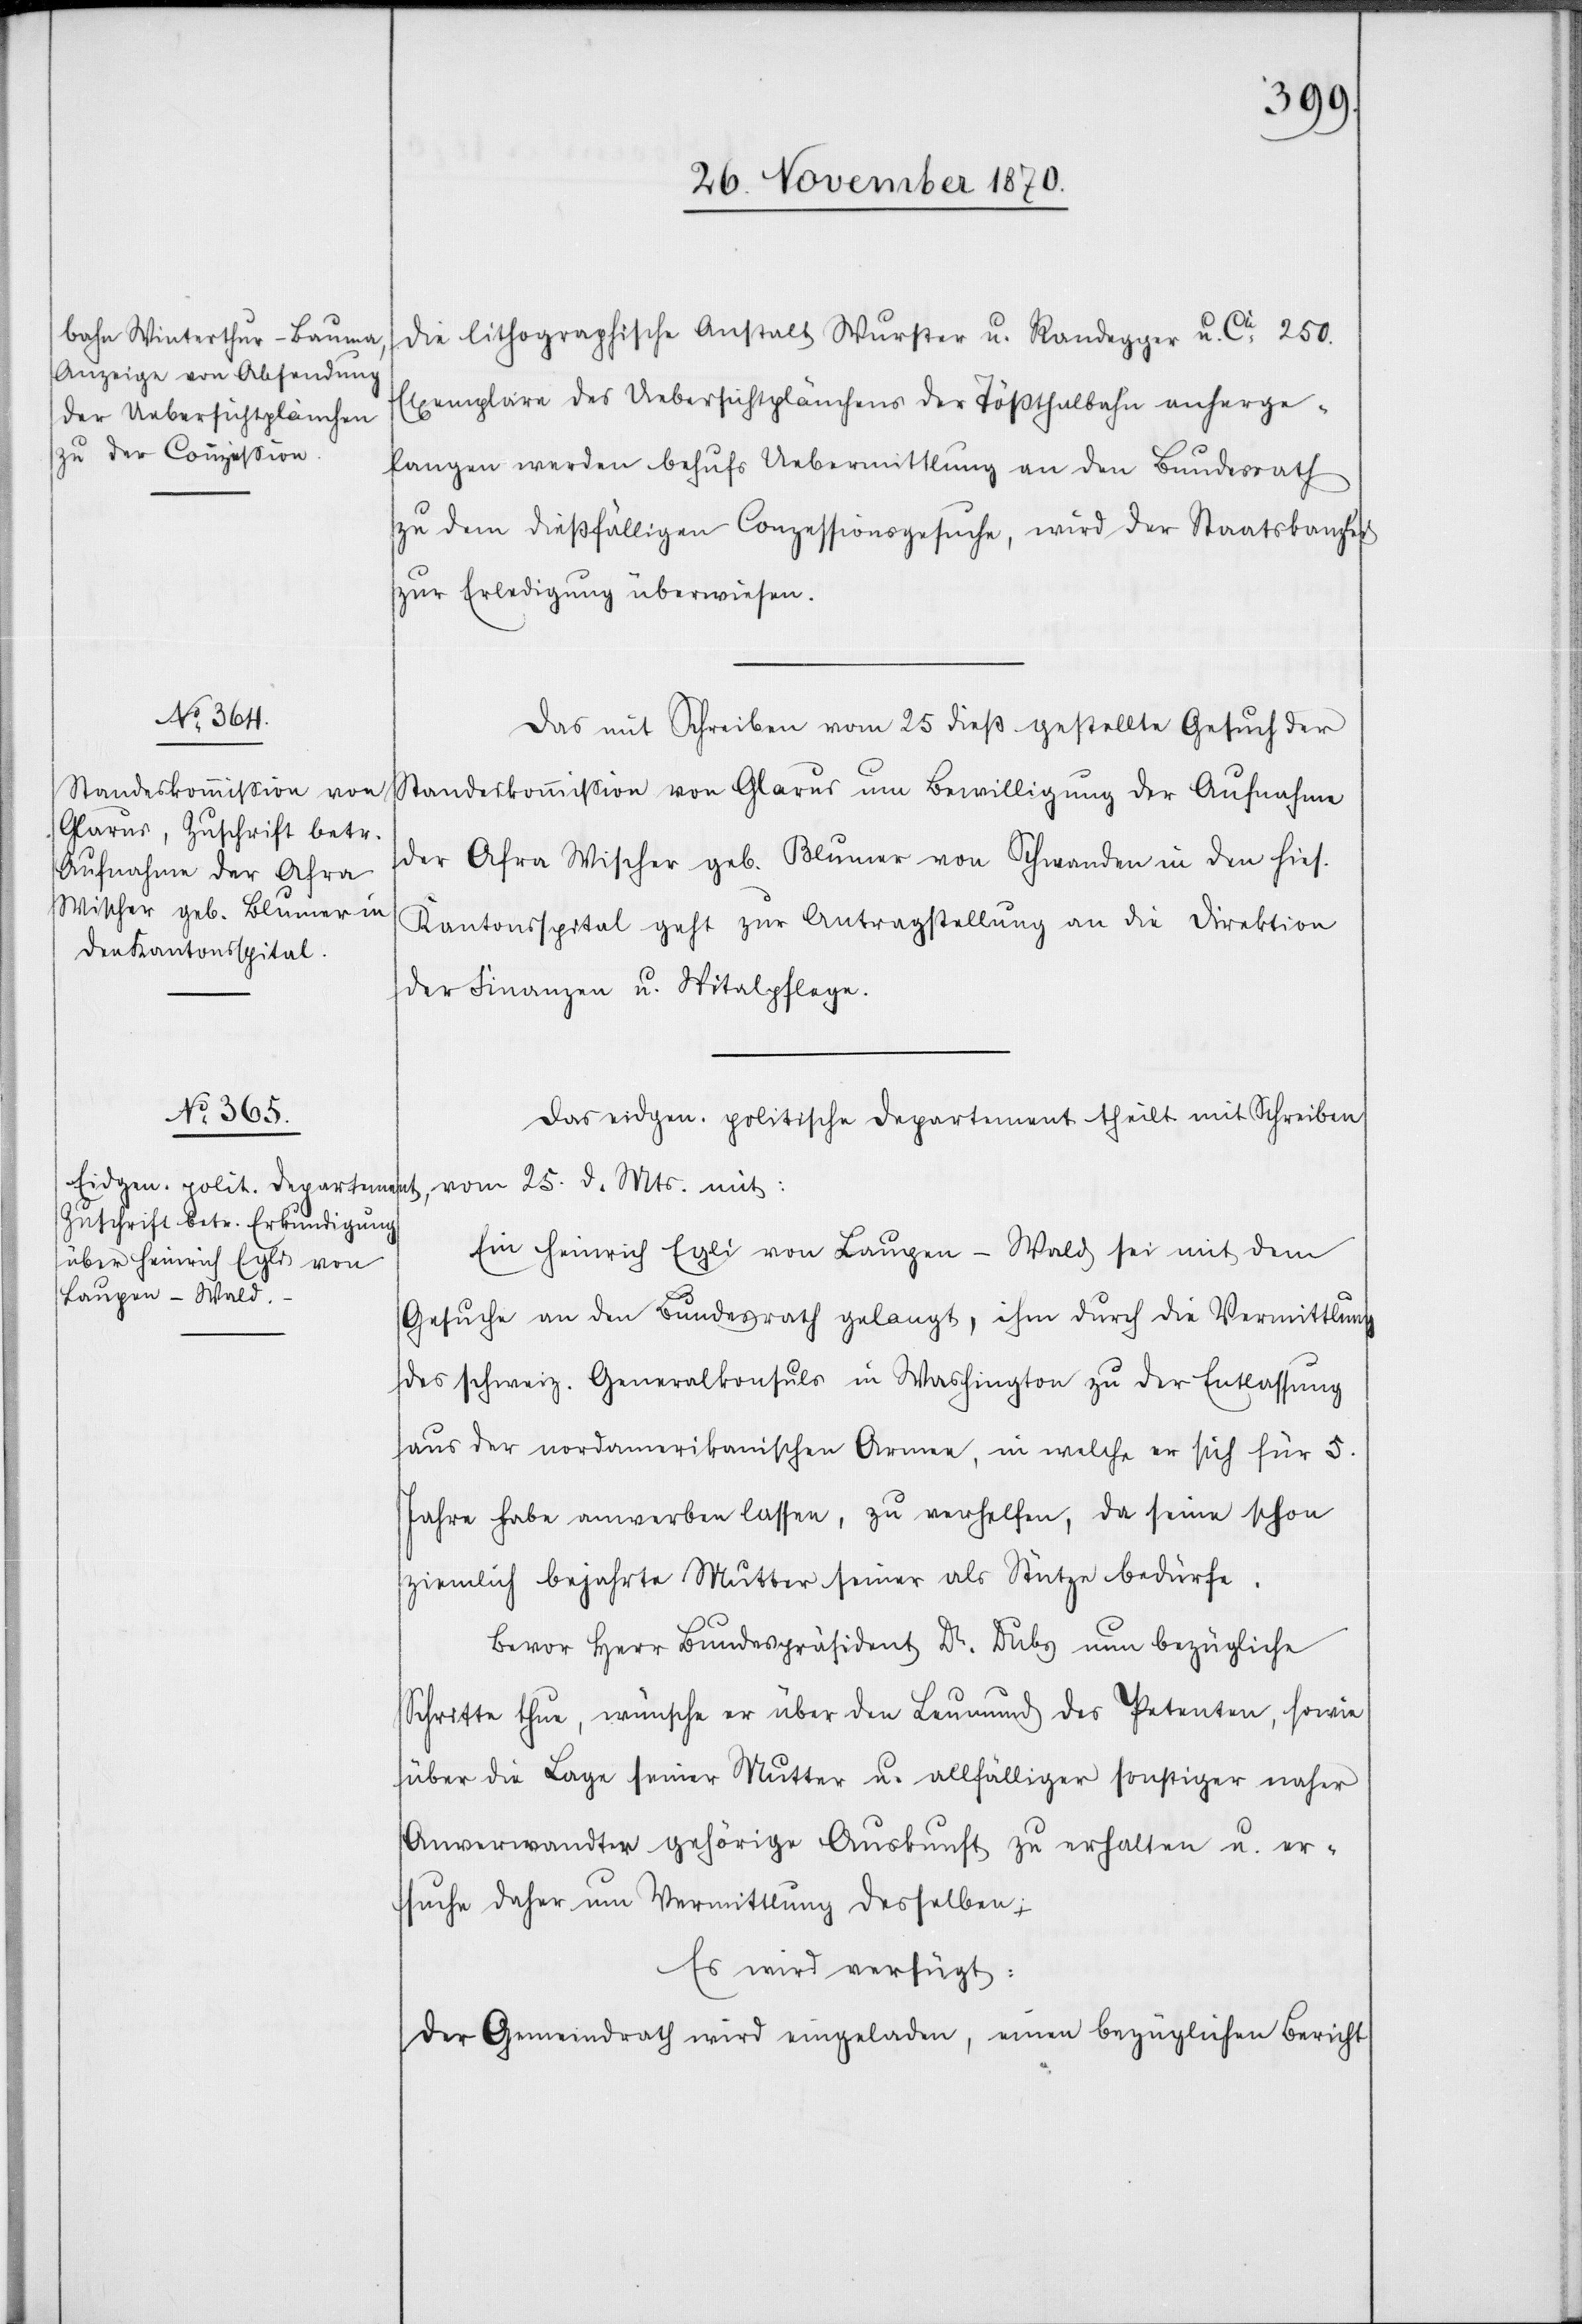
28. November 1870.]
die lithographische Anstalt Wurster u. Randegger u. Cie: 250.
Exemplare des Uebersichtplänchens der Tößthalbahn anherge¬
langen werden behufs Uebermittlung an den Bundesrath
zu dem dießfälligen Conzessionsgesuche, wird der Staatskanzlei
zur Erledigung überwiesen.
Das mit Schreiben vom 25 dieß gestellte Gesuch der
Standeskommißion von Glarus um Bewilligung der Aufnahme
der Afra Wischer geb. Blumer von Schwanden in den hies.
Kantonsspital geht zur Antragstellung an die Direktion
der Finanzen u. Spitalpflege.
Das eidgen. politische Departement theilt mit Schreiben
vom 25. d. Mts. mit:
Ein Heinrich Egli von Laupen - Wald sei mit dem
Gesuche an den Bundesrath gelangt, ihm durch die Vermittlung
des schweiz. Generalkonsuls in Washington zu der Entlassung
aus der nordamerikanischen Armee, in welche er sich für 5.
Jahre habe anwerben lassen, zu verhelfen, da seine schon
ziemlich bejahrte Mutter seiner als Stütze bedürfe.
Bevor Herr Bundespräsident Dr. Dubs nun bezügliche
Schritte thue, wünsche er über den Leumund des Petenten, sowie
über die Lage seiner Mutter u. allfälliger sonstiger naher
Anverwandter gehörige Auskunft zu erhalten u. er¬
suche daher um Vermittlung desselben;
Es wird verfügt:
Der Gemeindrath wird eingeladen, einen bezüglichen Bericht